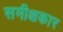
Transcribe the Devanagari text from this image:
समीक्षकार